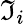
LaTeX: \mathfrak{I}_{i}